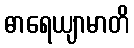
ဓာရေယျာမာတိ